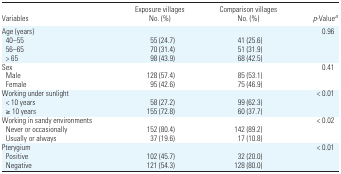
<table><thead><tr><td><b>Variables</b></td><td><b>Exposure villages No. (%)</b></td><td><b>Comparison villages No. (%)</b></td><td><b><i>p</i>-Valuea</b></td></tr></thead><tbody><tr><td>Age (years)</td><td></td><td></td><td>0.96</td></tr><tr><td> 40–55</td><td>55 (24.7)</td><td>41 (25.6)</td><td></td></tr><tr><td> 56–65</td><td>70 (31.4)</td><td>51 (31.9)</td><td></td></tr><tr><td> &gt; 65</td><td>98 (43.9)</td><td>68 (42.5)</td><td></td></tr><tr><td>Sex</td><td></td><td></td><td>0.41</td></tr><tr><td> Male</td><td>128 (57.4)</td><td>85 (53.1)</td><td></td></tr><tr><td> Female</td><td>95 (42.6)</td><td>75 (46.9)</td><td></td></tr><tr><td>Working under sunlight</td><td></td><td></td><td>&lt; 0.01</td></tr><tr><td> &lt; 10 years</td><td>58 (27.2)</td><td>99 (62.3)</td><td></td></tr><tr><td>≥ 10 years</td><td>155 (72.8)</td><td>60 (37.7)</td><td></td></tr><tr><td>Working in sandy environments</td><td></td><td></td><td>&lt; 0.02</td></tr><tr><td> Never or occasionally</td><td>152 (80.4)</td><td>142 (89.2)</td><td></td></tr><tr><td> Usually or always</td><td>37 (19.6)</td><td>17 (10.8)</td><td></td></tr><tr><td>Pterygium</td><td></td><td></td><td>&lt; 0.01</td></tr><tr><td> Positive</td><td>102 (45.7)</td><td>32 (20.0)</td><td></td></tr><tr><td> Negative</td><td>121 (54.3)</td><td>128 (80.0)</td><td></td></tr></tbody></table>